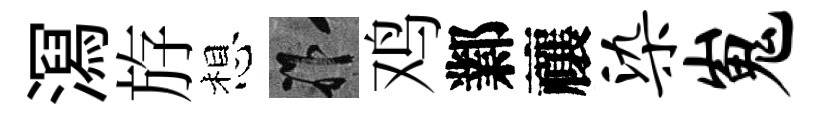
㵼斿想祚鸡鄴禳染嵬